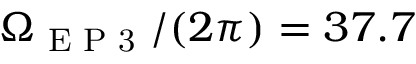
\Omega _ { \textrm { E P 3 } } / ( 2 \pi ) = 3 7 . 7